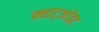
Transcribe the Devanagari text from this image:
क्वार्ट्जाइट